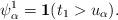
LaTeX: \begin{align*}\psi_{\alpha}^{1}=\bold{1}( {t_{1}>u_{\alpha}}).\end{align*}